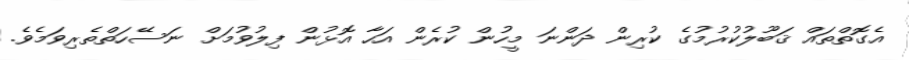
އެގޮތްތައް ޤަބޫލުކުރުމުގެ ކުރިން ދަންނަ މީހުން ކުރެން އަހާ އޮޅުން ފިލުވުމަށް ނަސޭހަތްތެރިވަމެވެ.